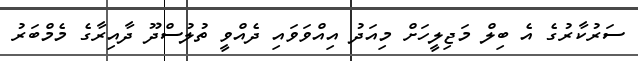
ސަރުކާރުގެ އެ ބިލް މަޖިލީހަށް މިއަދު އިއްވަވައި ދެއްވީ ތުލުސްދޫ ދާއިރާގެ މެމްބަރު